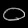
Digit: ၀